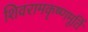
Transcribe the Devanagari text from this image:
शिवरामकृष्णमूर्ति